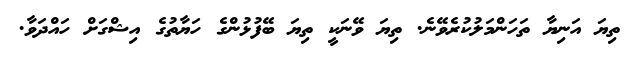
ތިޔަ އަނިޔާ ތަހަންމަލުކުރެވޭނެ. ތިޔަ ވޭނަކީ ތިޔަ ބޭފުޅުންގެ ހަޔާތުގެ އިޝްގަށް ހައްދަވާ.